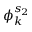
\phi _ { k } ^ { s _ { 2 } }